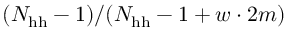
( N _ { \mathrm { h h } } - 1 ) / ( N _ { \mathrm { h h } } - 1 + w \cdot 2 m )